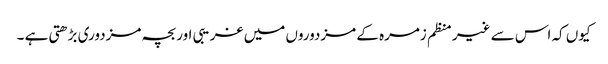
کیوں کہ اس سے غیر منظم زمرہ کے مزدوروں میں غریبی اور بچہ مزدوری بڑھتی ہے ۔